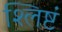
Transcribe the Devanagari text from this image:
श्लिष्टं